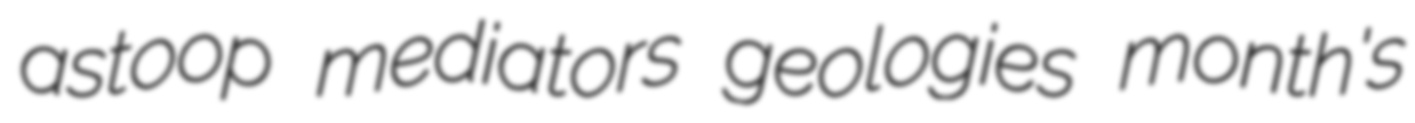
astoop mediators geologies month's